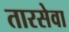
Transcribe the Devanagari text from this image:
तारसेवा